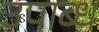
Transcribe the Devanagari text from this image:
उपाब्ध